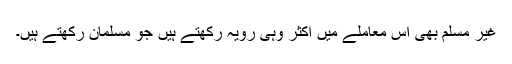
غیر مسلم بھی اس معاملے میں اکثر وہی رویہ رکھتے ہیں جو مسلمان رکھتے ہیں۔